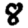
Digit: 8